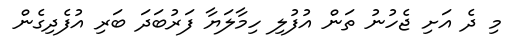
މި ދެ އަށި ޖެހުނު ތަން އުފުލި ހިމާލަޔާ ފަރުބަދަ ބަރި އުފެދިގެން